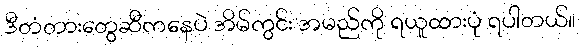
ဒီတံတားတွေဆီကနေပဲ အိမ်ကွင်း အမည်ကို ရယူထားပုံ ရပါတယ်။